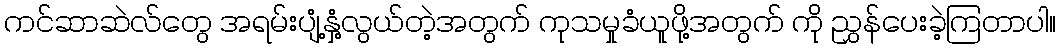
ကင်ဆာဆဲလ်တွေ အရမ်းပျံ့နှံ့လွယ်တဲ့အတွက် ကုသမှုခံယူဖို့အတွက် ကို ညွှန်ပေးခဲ့ကြတာပါ။